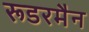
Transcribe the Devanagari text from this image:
रूडरमैन